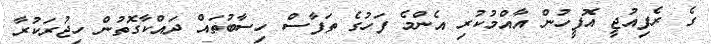
ގެ ރެފިއުޖީ އޮފީހުން އާއްމުކުރި އެންމެ ފަހުގެ ތަފާސް ހިސާބުތައް ދައްކާގޮތުން ހިޖުރަކުރާ